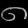
Digit: ၈